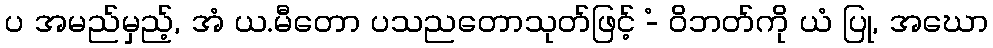
ပ အမည်မှည့်, အံ ယ.မီတော ပသညတောသုတ်ဖြင့် -ံ ဝိဘတ်ကို ယံ ပြု, အဃော